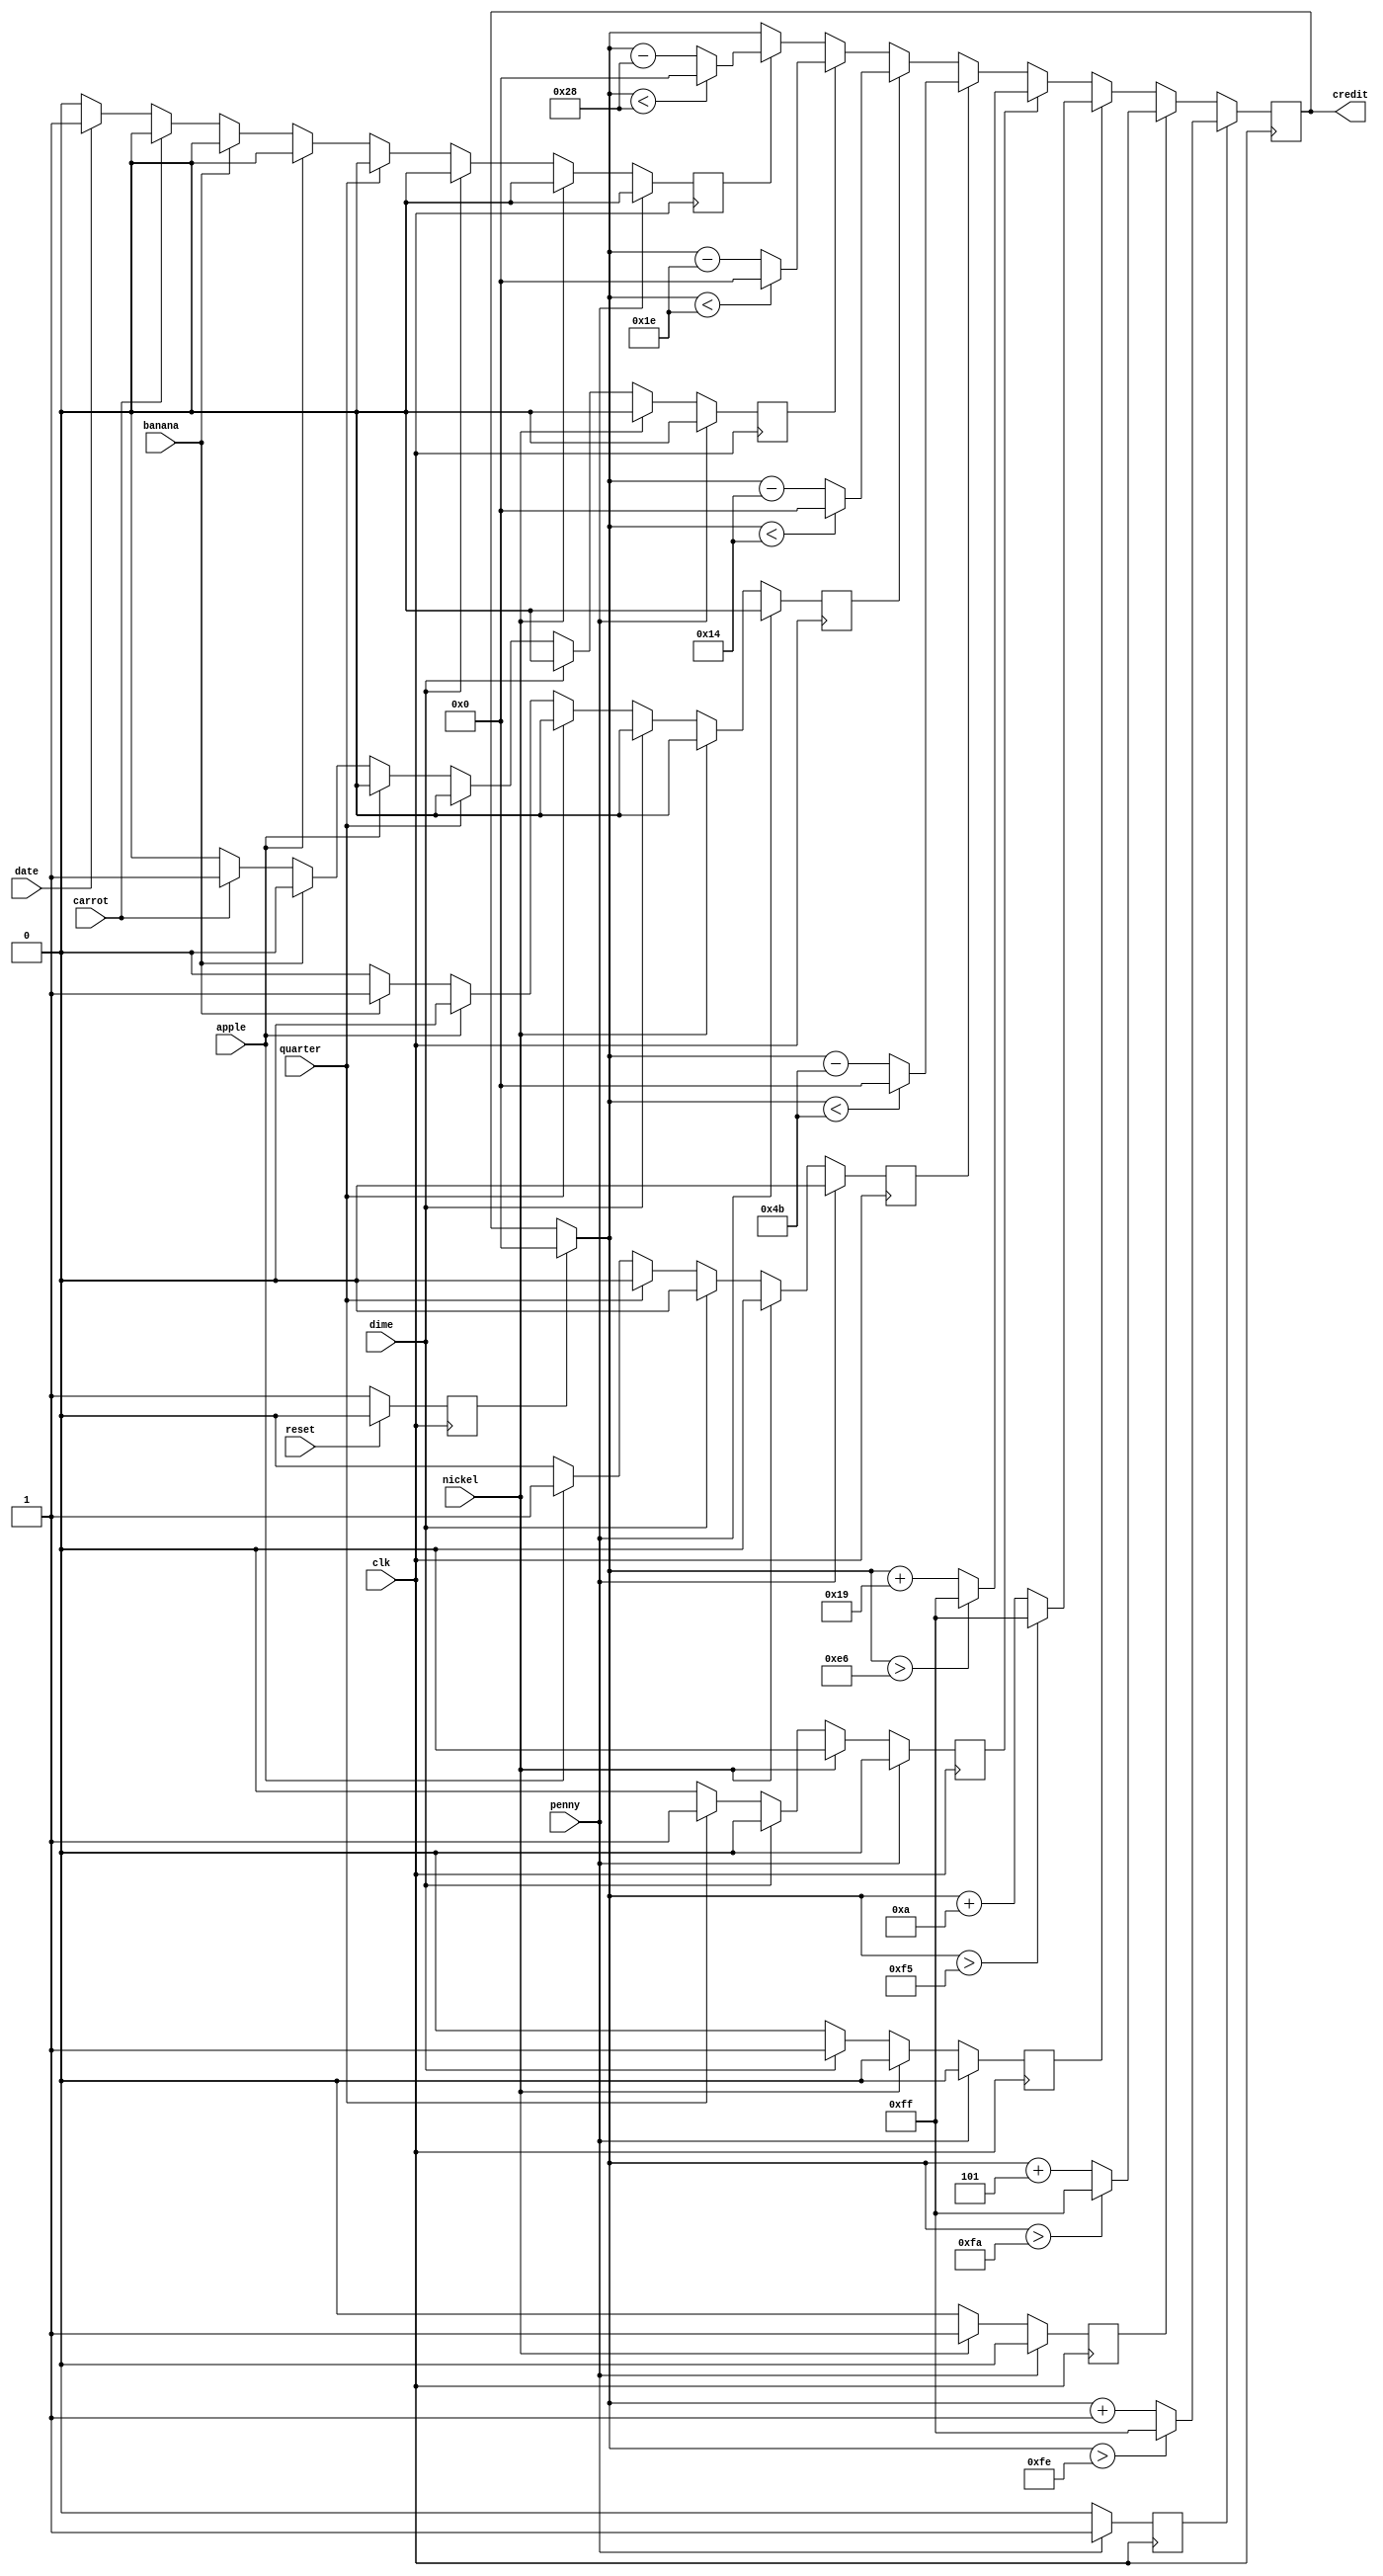
/*
* Piggy Bank
* Adds credit for penny(1), nickel(5), dime(10), and quarter(25)
* Subtracts credit for apple(75), banana(20), carrot(30), and date(40)
* Max credit is $2.55, displayed in hex
* Active low, asynchronous reset
*/

module piggyBank(clk, reset, penny, nickel, dime, quarter, apple, banana, carrot, date, credit);
	input 	clk, reset, penny, nickel, dime, quarter, apple, banana, carrot, date;

	reg 	reset1, penny1, nickel1, dime1, quarter1, apple1, banana1, carrot1, date1;    //Inner regs
	output 	[7:0] credit;
	reg 	[7:0] credit;

	//Reading inputs on negedge
	always @ (negedge clk) begin

		//Sets outputs to zero on next clkedge
		reset1 = 0; penny1 = 0; nickel1 = 0; dime1 = 0; quarter1 = 0;
		apple1 = 0; banana1 = 0; carrot1  = 0; date1 = 0;

		//Set output flags
		if (!reset) reset1 = 1;
		if (penny) penny1 = 1;
		else if (nickel) nickel1 = 1;
		else if (dime) dime1 = 1;
		else if (quarter) quarter1 = 1;
		else if (apple) apple1 = 1;
		else if (banana) banana1 = 1;
		else if (carrot) carrot1 = 1;
		else if (date) date1 = 1;
		
	end

	//Assign outputs on posedge
	always @ (posedge clk) begin

		if (reset1)
			credit[7:0] = 8'b00000000;

		if 	(penny1) begin
			if (credit > 8'b11111110) begin	credit <= 8'b11111111; end        //Make sure credit doesn't go over max
			else begin credit <= credit + 1'b1; end
		end
		else if (nickel1) begin
			if (credit > 8'b11111010) begin credit <= 8'b11111111; end
			else begin credit <= credit + 3'b101; end
		end
		else if (dime1) begin
			if (credit > 8'b11110101) begin	credit <= 8'b11111111; end
			else begin credit <= credit + 4'b1010; end
		end
		else if (quarter1) begin
		  if (credit > 8'b11100110) begin	credit <= 8'b11111111; end
			else begin credit <= credit + 5'b11001; end
		end
		else if (apple1) begin
			if (credit < 7'b1001011) begin credit <= 8'b00000000; end         // Make sure credit doesn't go neg
			else begin credit <= credit - 7'b1001011; end
		end
		else if (banana1) begin
			if (credit < 5'b10100) begin credit <= 8'b00000000; end
			else begin credit <= credit - 5'b10100; end
		end
		else if (carrot1) begin
			if (credit < 5'b11110) begin credit <= 8'b00000000; end
			else begin credit <= credit - 5'b11110; end
		end
		else if (date1) begin
			if (credit < 6'b101000) begin credit <= 8'b00000000; end
			else begin credit <= credit - 6'b101000; end
		end

	end

endmodule